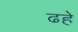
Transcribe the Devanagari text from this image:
ढहे